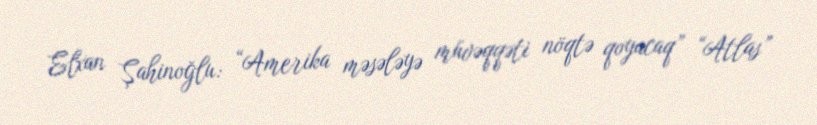
Elxan Şahinoğlu: “Amerika məsələyə müvəqqəti nöqtə qoyacaq” “Atlas”